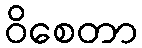
ဝိစေတာ